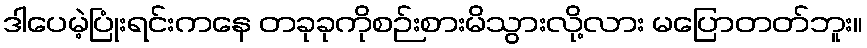
ဒါပေမဲ့ပြုံးရင်းကနေ တခုခုကိုစဉ်းစားမိသွားလို့လား မပြောတတ်ဘူး။